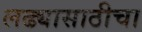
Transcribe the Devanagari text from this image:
लढ्यासाठीचा